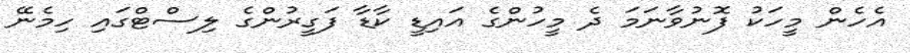
އެހެން މީހަކު ފޮނުވާނަމަ ދެ މީހުންގެ އައިޑީ ކާޑާ ފަގީރުންގެ ލިސްޓްގައި ހިމެނޭ